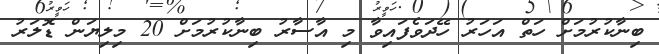
ބިނާކުރުމަށް ހަތް އަހަރު ހޭދަވެފައިވާ މި އާސާރު ބިނާކުރުމަށް 20 މިލިޔަން ޑޮލަރު